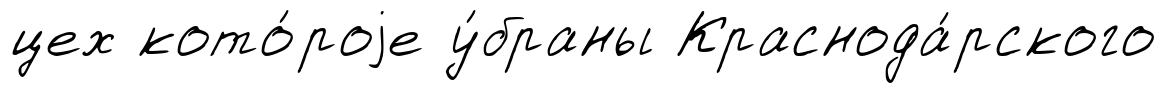
цех кото́роjе у́браны Краснода́рского